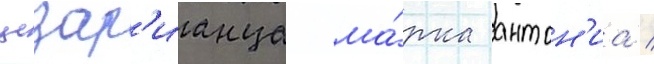
цезар'ианца ма́рка антон'иа /